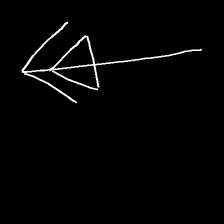
Glyph: pull